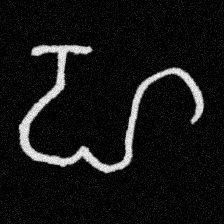
Pyu character \u2014 Myanmar letter: ဟ (romanized: ha)